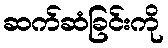
ဆက်ဆံခြင်းကို